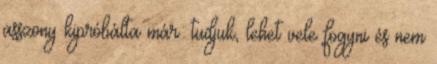
asszony kipróbálta már: tudjuk, lehet vele fogyni és nem